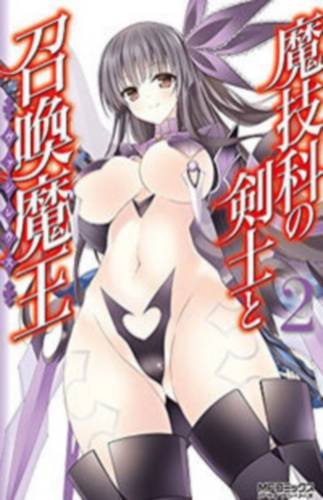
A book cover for Magika Swordsman and Summoner Vol. 2; Mitsuki Mihara; Comics & Graphic Novels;